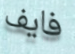
فايف